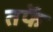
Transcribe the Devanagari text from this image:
तर्फेे